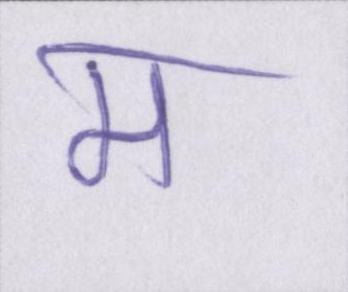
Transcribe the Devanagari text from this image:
म